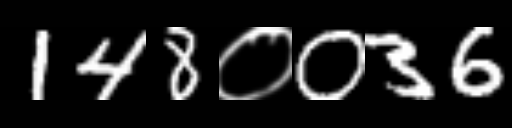
Text: 148०036